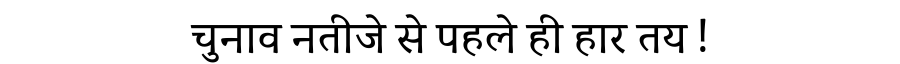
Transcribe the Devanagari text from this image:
चुनाव नतीजे से पहले ही हार तय !